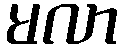
မလာ